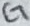
Text: CT